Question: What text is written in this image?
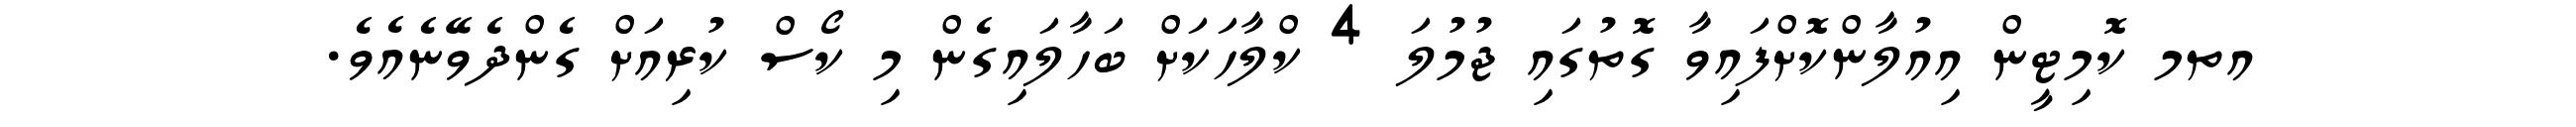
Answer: އތމ ކޮމިޓީން އިއުލާންކޮށްފައިވާ ގޮތުގައި ޖުމުލަ 4 ކްލާހަކަށް ބަހާލައިގެން މި ކޯސް ކުރިއަށް ގެންދެވޭނެއެވެ.